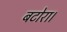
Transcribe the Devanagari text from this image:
बटोरा।